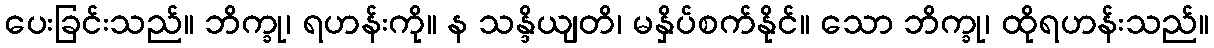
ပေးခြင်းသည်။ ဘိက္ခု၊ ရဟန်းကို။ န သန္ဒိယျတိ၊ မနှိပ်စက်နိုင်။ သော ဘိက္ခု၊ ထိုရဟန်းသည်။